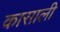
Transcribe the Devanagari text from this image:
कासाली